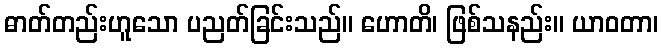
ဓာတ်တည်းဟူသော ပညတ်ခြင်းသည်။ ဟောတိ၊ ဖြစ်သနည်း။ ယာဝတာ၊